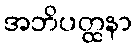
အဘိပတ္ထနာ